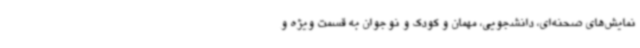
نمایش‌های صحنه‌ای، دانشجویی، مهمان و کودک و نوجوان به قسمت ویژه و